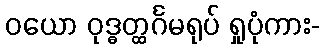
ဝယော ဝုဒ္ဓတ္ထင်္ဂမရုပ် ရှုပုံကား-